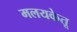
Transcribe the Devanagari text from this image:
मलयकेतू